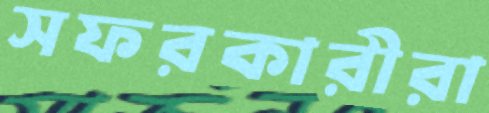
সফরকারীরা